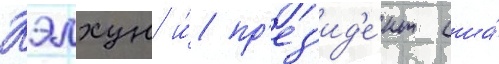
Кэлхун и́ пр'ез'ид'е́нт сша́